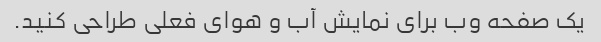
یک صفحه وب برای نمایش آب و هوای فعلی طراحی کنید.